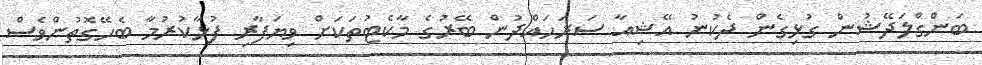
ބަންގްލަދޭޝުން ގުޅިގެން ދެކުނު އޭޝިއާ ސަރަހައްދުން ބޭރުގެ މާކެޓުތަކަށް ވިޔަފާރި ފުޅާކުރުމާ ބެހޭގޮތުންވެސް